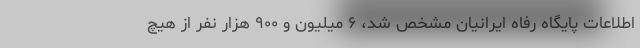
اطلاعات پایگاه رفاه ایرانیان مشخص شد، ۶ میلیون و ۹۰۰ هزار نفر از هیچ